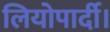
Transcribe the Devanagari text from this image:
लियोपार्दी।